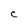
Character: C